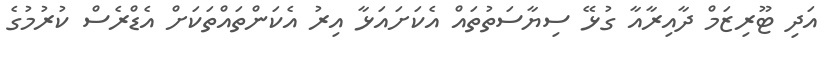
އަދި ޓޫރިޒަމް ދާއިރާއާ ގުޅޭ ސިޔާސަތުތައް އެކަށައަޅާ އިރު އެކަންތައްތަކަށް އެޑްރެސް ކުރުމުގެ